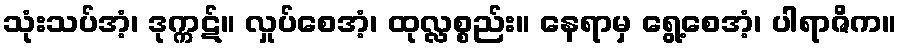
သုံးသပ်အံ့၊ ဒုက္ကဋ်။ လှုပ်စေအံ့၊ ထုလ္လစ္စည်း။ နေရာမှ ရွေ့စေအံ့၊ ပါရာဇိက။